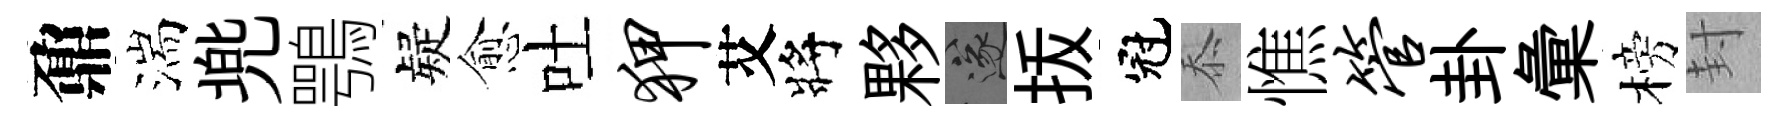
鼐湍兠鶚疑愈吐狎艾將夥遂㧞冠忝憔管卦彙榜封